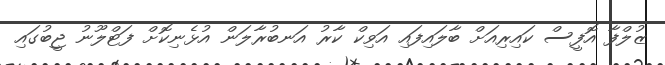
ޒުލްފާ އޮފީސް ކައިރިއަށް ބާލައިފައި އަވިކް ކާރު އަނބުރާލަން އުޅެނިކޮށް ފަޓްލޫނު ޖީބުގައި